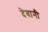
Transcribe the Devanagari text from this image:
देवानी